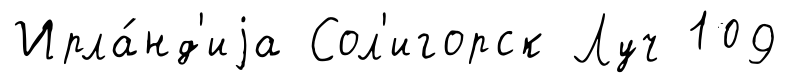
Ирла́нд'иjа Сол'игорск Луч 109